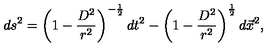
d s ^ { 2 } = \left( 1 - \frac { D ^ { 2 } } { r ^ { 2 } } \right) ^ { - \frac { 1 } { 2 } } d t ^ { 2 } - \left( 1 - \frac { D ^ { 2 } } { r ^ { 2 } } \right) ^ { \frac { 1 } { 2 } } d \vec { x } ^ { 2 } ,